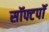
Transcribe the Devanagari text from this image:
सॉफ्टपॉ